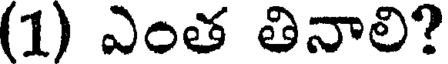
(1) ఎంత తినాలి?